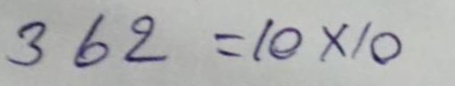
362 = 10 x 10